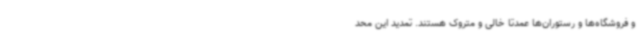
و فروشگاه‌ها و رستوران‌ها عمدتا خالی و متروک هستند. تمدید این محد